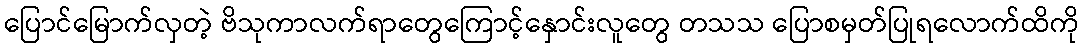
ပြောင်မြောက်လှတဲ့ ဗိသုကာလက်ရာတွေကြောင့်နှောင်းလူတွေ တသသ ပြောစမှတ်ပြုရလောက်ထိကို